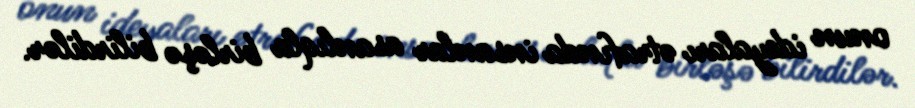
onun ideyaları ətrafında insanlar asanlıqla birləşə bilirdilər.